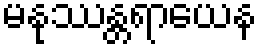
မနုဿန္တရာယေန